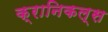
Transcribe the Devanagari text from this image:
क्रानिकल्स